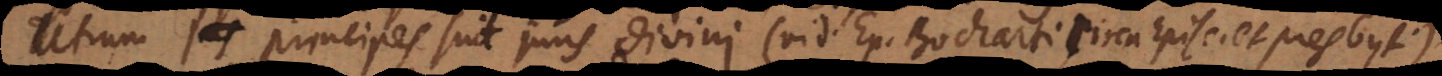
Utrum principes sint juris divini (vid. Ep. Bocharti circa Episc. et presbyt.),